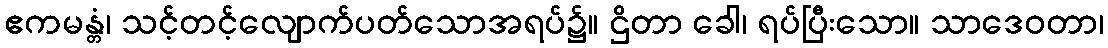
ဧကမန္တံ၊ သင့်တင့်လျောက်ပတ်သောအရပ်၌။ ဌိတာ ခေါ၊ ရပ်ပြီးသော။ သာဒေဝတာ၊